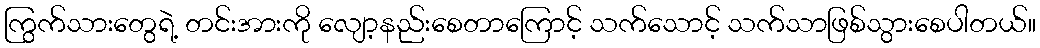
ကြွက်သားတွေရဲ့ တင်းအားကို လျော့နည်းစေတာကြောင့် သက်သောင့် သက်သာဖြစ်သွားစေပါတယ်။